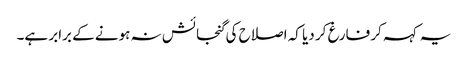
یہ کہہ کر فارغ کر دیا کہ اصلاح کی گنجائش نہ ہونے کے برابر ہے۔